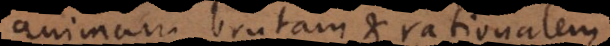
animam brutam et rationalem